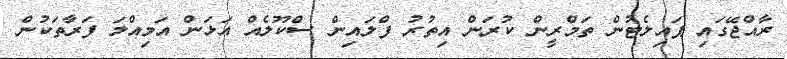
ރާއްޖޭގައި ޕައިލެޓުން ތަމްރީން ކުރަން އިތުރު ފްލައިން ސްކޫލެއް އަޅަން އަމިއްލަ ފަރާތަކުން